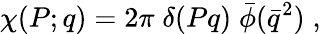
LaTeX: \chi(P;q)=2\pi\; \delta(Pq)\; \bar{\phi}(\bar{q}^{2})\; ,